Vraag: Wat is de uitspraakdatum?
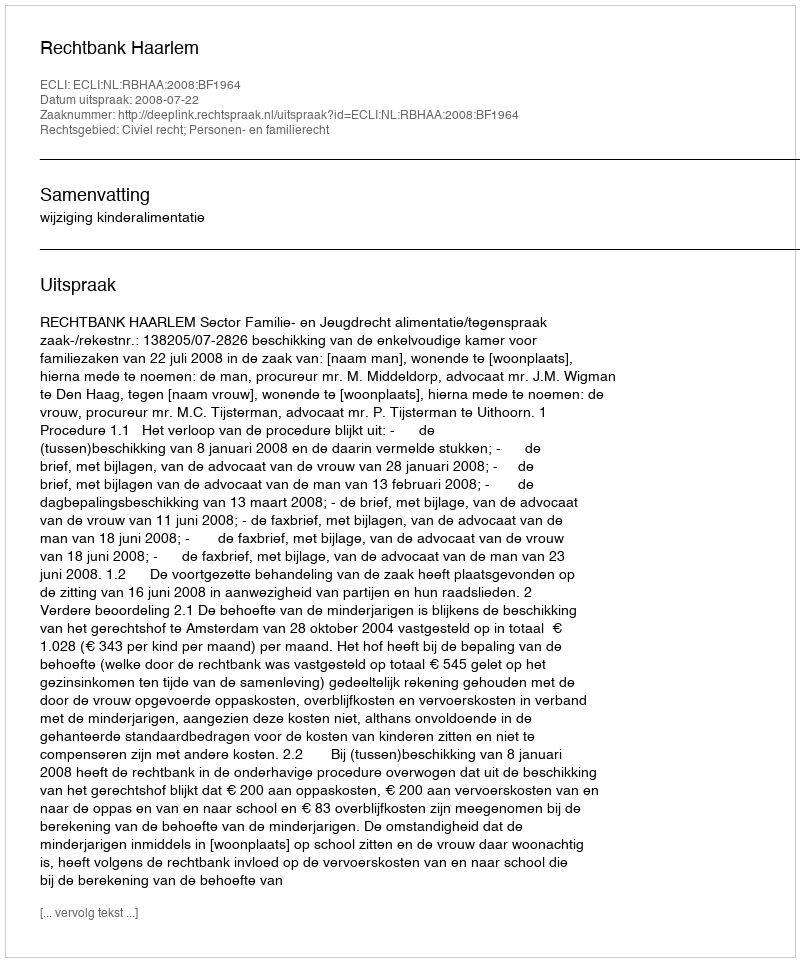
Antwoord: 2008-07-22